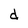
Character: d